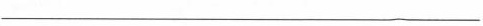
___